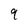
Character: 9